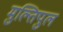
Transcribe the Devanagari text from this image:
मुल्तिपुल